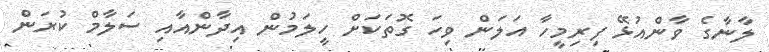
ލާނާގެ ވާންއުޅޭ ފިރިމީހާ އަލަން ވިހަ ގޮތަކަށް ހީލަމުން އިދާންއާއި ސަލާމް ކުރަން